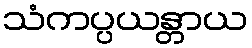
သံကပ္ပယန္တာယ